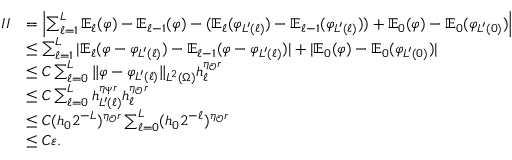
\begin{array} { r l } { I I } & { = \left| \sum _ { \ell = 1 } ^ { L } \mathbb { E } _ { \ell } ( \varphi ) - \mathbb { E } _ { \ell - 1 } ( \varphi ) - ( \mathbb { E } _ { \ell } ( \varphi _ { L ^ { \prime } ( \ell ) } ) - \mathbb { E } _ { \ell - 1 } ( \varphi _ { L ^ { \prime } ( \ell ) } ) ) + \mathbb { E } _ { 0 } ( \varphi ) - \mathbb { E } _ { 0 } ( \varphi _ { L ^ { \prime } ( 0 ) } ) \right| } \\ & { \le \sum _ { \ell = 1 } ^ { L } | \mathbb { E } _ { \ell } ( \varphi - \varphi _ { L ^ { \prime } ( \ell ) } ) - \mathbb { E } _ { \ell - 1 } ( \varphi - \varphi _ { L ^ { \prime } ( \ell ) } ) | + | \mathbb { E } _ { 0 } ( \varphi ) - \mathbb { E } _ { 0 } ( \varphi _ { L ^ { \prime } ( 0 ) } ) | } \\ & { \le C \sum _ { \ell = 0 } ^ { L } \| \varphi - \varphi _ { L ^ { \prime } ( \ell ) } \| _ { L ^ { 2 } ( \Omega ) } h _ { \ell } ^ { \eta _ { \mathcal { O } } r } } \\ & { \le C \sum _ { \ell = 0 } ^ { L } h _ { L ^ { \prime } ( \ell ) } ^ { \eta _ { \Psi } r } h _ { \ell } ^ { \eta _ { \mathcal { O } } r } } \\ & { \le C ( h _ { 0 } 2 ^ { - L } ) ^ { \eta _ { \mathcal { O } } r } \sum _ { \ell = 0 } ^ { L } ( h _ { 0 } 2 ^ { - \ell } ) ^ { \eta _ { \mathcal { O } } r } } \\ & { \le C \ensuremath { \varepsilon } . } \end{array}